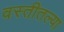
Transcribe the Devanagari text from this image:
वस्तीतल्या